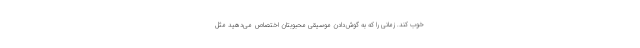
خوب کند. زمانی را که به گوش‌دادن موسیقی محبوبتان اختصاص می‌دهید مثل